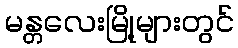
မန္တလေးမြို့များတွင်